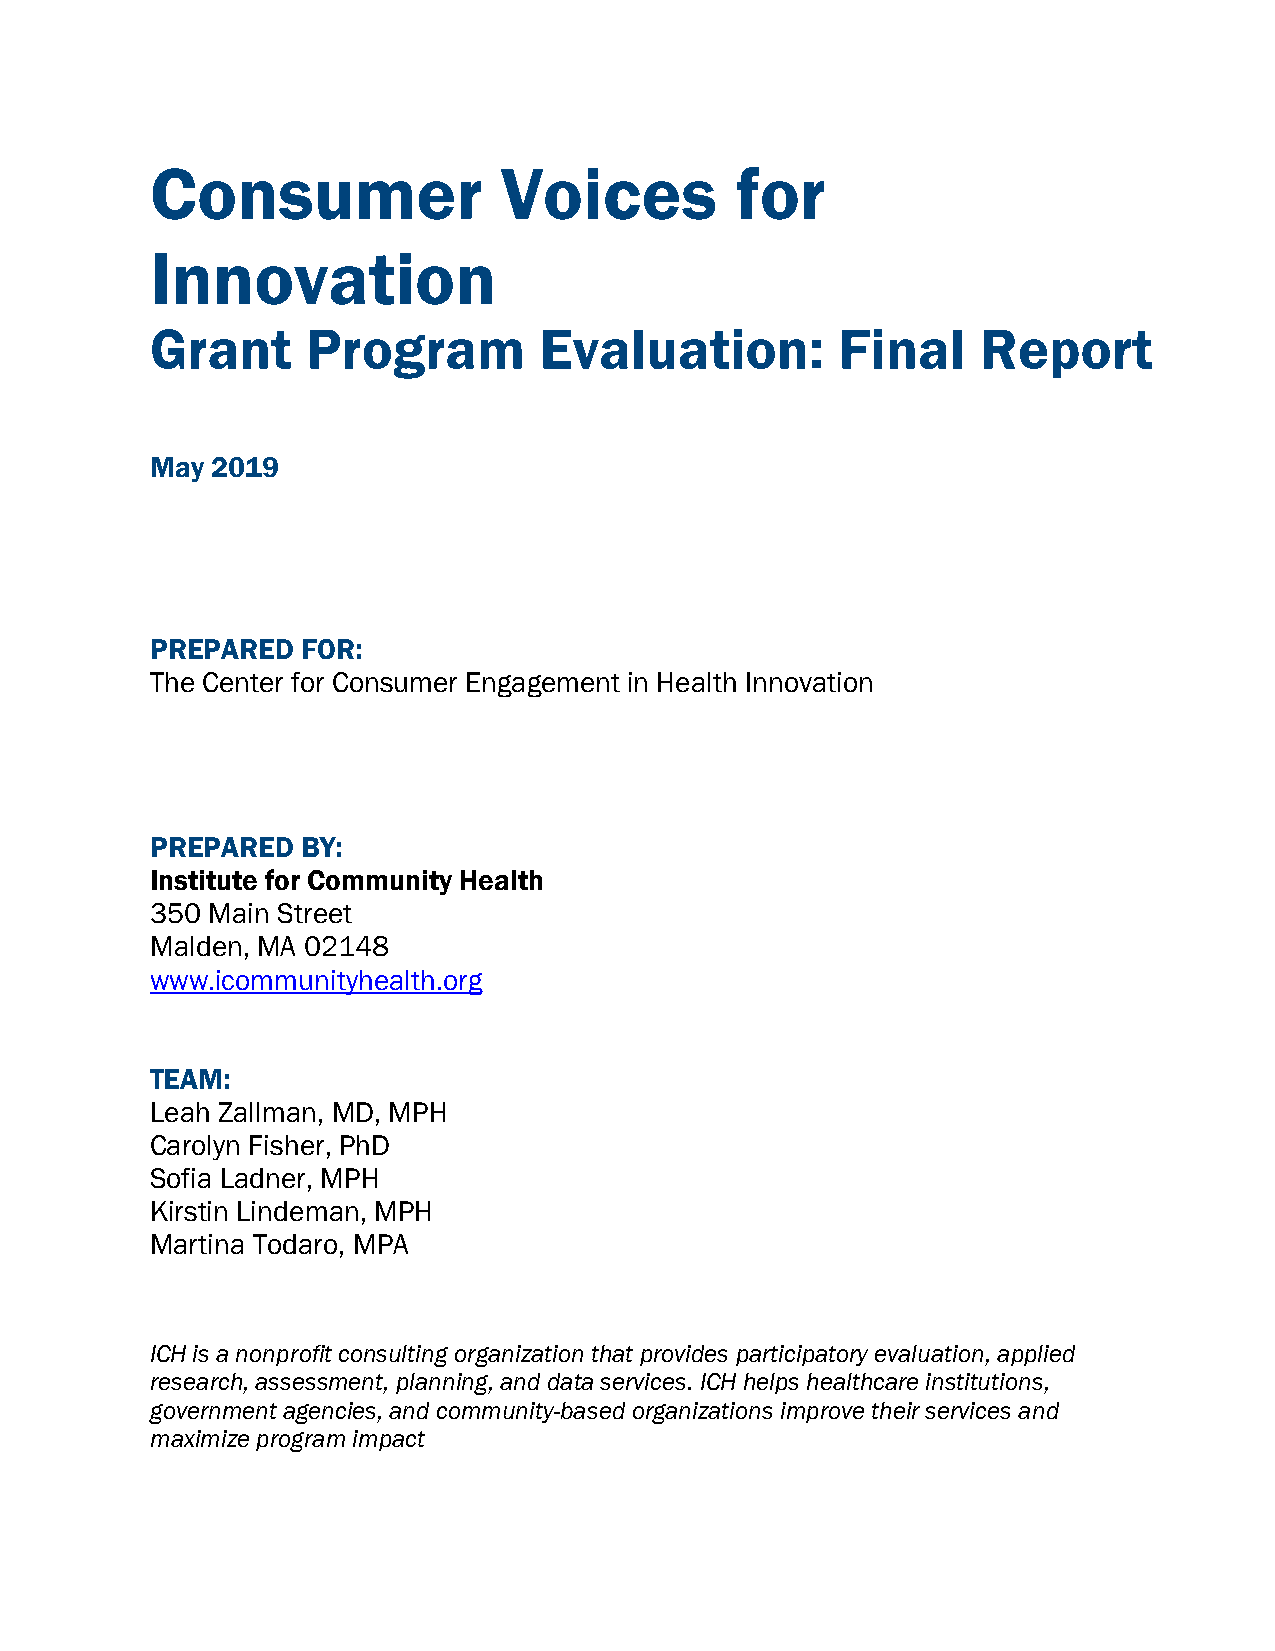
Consumer               Voices          for
 Innovation
 Grant     Program         Evaluation:        Final     Report
 May 2019
 PREPARED  FOR:
 The Center for Consumer Engagement in Health Innovation
 PREPARED  BY:
 Institute for Community Health
 350 Main Street
 Malden, MA 02148
 www.icommunityhealth.org
 TEAM:
 Leah Zallman, MD, MPH
 Carolyn Fisher, PhD
 Sofia Ladner, MPH
 Kirstin Lindeman, MPH
 Martina Todaro, MPA
 ICH is a nonprofit consulting organization that provides participatory evaluation, applied
 research, assessment, planning, and data services. ICH helps healthcare institutions,
 government agencies, and community-based organizations improve their services and
 maximize program impact